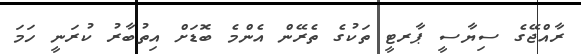
ރާއްޖޭގެ ސިޔާސީ ޕާރޓީ ތަކުގެ ތެރޭން އެންމެ ބޮޑަށް އިތުބާރު ކުރަނީ ހަމަ